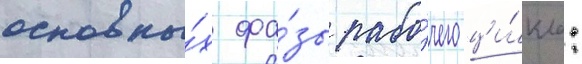
основны́х фа́зы рабо́чего ци́кла: